Inquiry into the circumstances attending an outbreak of cholera in H. M.'s 18th Hussars at Secunderabad in the month of May
Year: 1871
Disease focus: Cholera
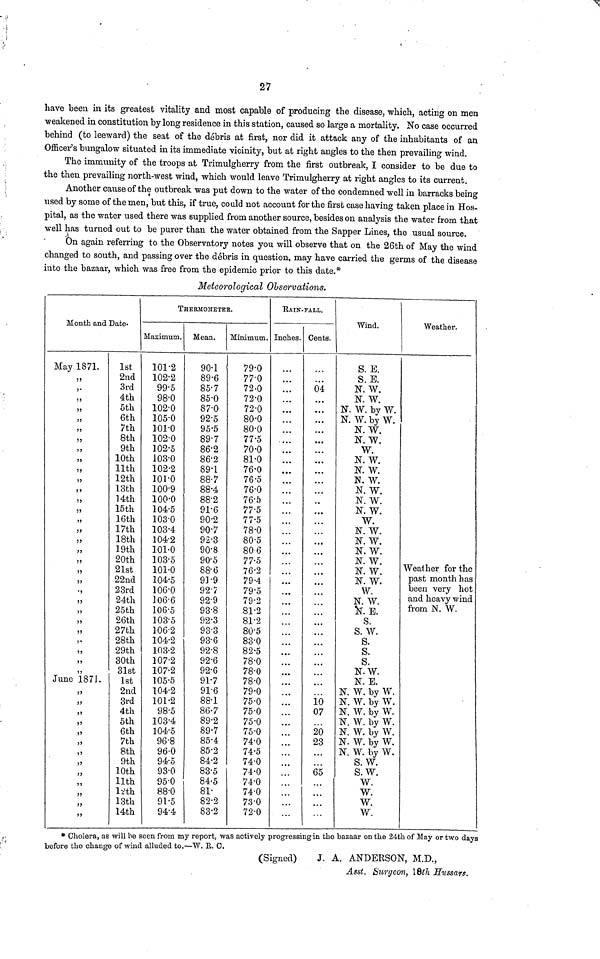
have been in its greatest vitality and most capable of producing the disease, which, acting on men
weakened in constitution by long residence in this station, caused so large a mortality. No case occurred
behind (to leeward) the seat of the debris at first, nor did it attack any of the inhabitants of an
Officer's bungalow situated in its immediate vicinity, but at right angles to the then prevailing wind.
The immunity of the troops at Trimulgherry from the first outbreak, I consider to be due to
the then prevailing north-west wind, which would leave Trimulgherry at right angles to its current.
Another cause of the outbreak was put down to the water of the condemned well in barracks being
used by some of the men, but this, if true, could not account for the first case having taken place in Hos-
pital, as the water used there was supplied from another source, besides on analysis the water from that
well has turned out to be purer than the water obtained from the Sapper Lines, the usual source.
On again referring to the Observatory notes you will observe that on the 26th of May the wind
changed to south, and passing over the debris in question, may have carried the germs of the disease
into the bazaar, which was free from the epidemic prior to this date.*
Meteorological Observations.
Month and Date.
May 1871.
,,
,,
,,
,,
,,
,,
,,
,,
,,
,,
,,
,,
,,
,,
,,
,,
,,
,,
,,
,,
,,
,,
,,
,,
,,
,,
,,
June 1871.
,,
,,
,,
,,
,,
,,
,,
,,
,,
,,
1st
2nd
3rd
4th
5th
6th
7th
8th
9th
10th
11th
12th
13th
14th
15th
16th
17th
18th
19th
20th
21st
22nd
23rd
24th
25th
26th
27th
28th
29th
30th
31st
1st
2nd
3rd
4th
5th
6th
7th
8th
9th
10th
11th
12th
13th
14th
THERMOMETER.
Maximum.
101.2
102.2
99.5
98·0
102·0
105·0
101·0
102·0
102·5
103·0
102·2
101·0
100·9
100·0
104·5
103·0
103·4
104·2
101·0
103·5
101·0
104·5
106·0
106·6
106·5
103·5
106·2
104·2
103·2
107·2
107·2
105·5
104·2
101·2
98·5
103·4
104·5
96·8
96·0
94·5
93·0
95·0
88·0
91·5
94·4
Mean.
90·1
89·6
85·7
85·0
87·0
92·5
95·5
89·7
86·2
86·2
89·1
88·7
88·4
88·2
91·6
90·2
90·7
92·3
90·8
90·5
88·6
91·9
92·7
92·9
93·8
92·3
93·3
93·6
92·8
92·6
92·6
91·7
91·6
88·1
86·7
89·2
89·7
85·4
85·2
84·2
83·5
84·5
81·
82·2
83·2
Minimum.
79·0
77·0
72·0
72·0
72·0
80·0
80·0
77·5
70·0
81·0
76·0
76·5
76·0
76·5
77·5
77·5
78·0
80·5
80·6
77·5
76·2
79·4
79·5
79·2
81·2
81·2
80·5
83·0
82·5
78·0
78·0
78·0
79·0
75·0
75·0
75·0
75·0
74·0
74·5
74·0
74·0
74·0
74·0
73·0
72·0
RAIN-FALL..
Inches. Cents.
04
10
07
20
23
65
Wind.
S. E.
S. E.
N. W.
N. W.
N. W. by W.
N. W. by W.
N. W.
N. W.
W.
N. W.
N. W.
N. W.
N. W.
N. W.
N. W.
W.
N. W.
N. W.
N. W.
N. W.
N. W.
N. W.
W.
N. W.
N. E.
S.
S. W.
S.
S.
S.
N.W.
N. E.
N. W. by W.
N. W. by W.
N. W. by W.
N. W. by W.
N. W. by W.
N. W. by W.
N. W. by W.
S. W.
S.W.
W.
W.
W.
W.
Weather.
past month has
been very hot
and heavy wind
from N. W.
* Cholera, as will be seen from my report, was actively progressing in the bazaar on the 24th of May or two days
before the change of wind alluded to.—W. R. C.
(Signed)
J. A. ANDERSON, M.D.,
Asst. Surgeon, 18th Hussars.